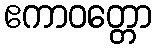
ဧကာဝတ္တော